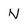
Character: N